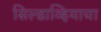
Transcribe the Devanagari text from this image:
सिल्डाव्हियाचा